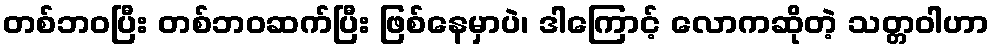
တစ်ဘဝပြီး တစ်ဘဝဆက်ပြီး ဖြစ်နေမှာပဲ၊ ဒါကြောင့် လောကဆိုတဲ့ သတ္တဝါဟာ